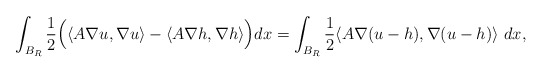
\begin{align*} \int_{B_R} \dfrac{1}{2} \Bigl(\langle A \nabla u, \nabla u\rangle - \langle A \nabla h, \nabla h \rangle \Bigr) dx = \int_{B_R} \dfrac{1}{2} \langle A \nabla (u-h), \nabla(u-h) \rangle \ dx,\end{align*}